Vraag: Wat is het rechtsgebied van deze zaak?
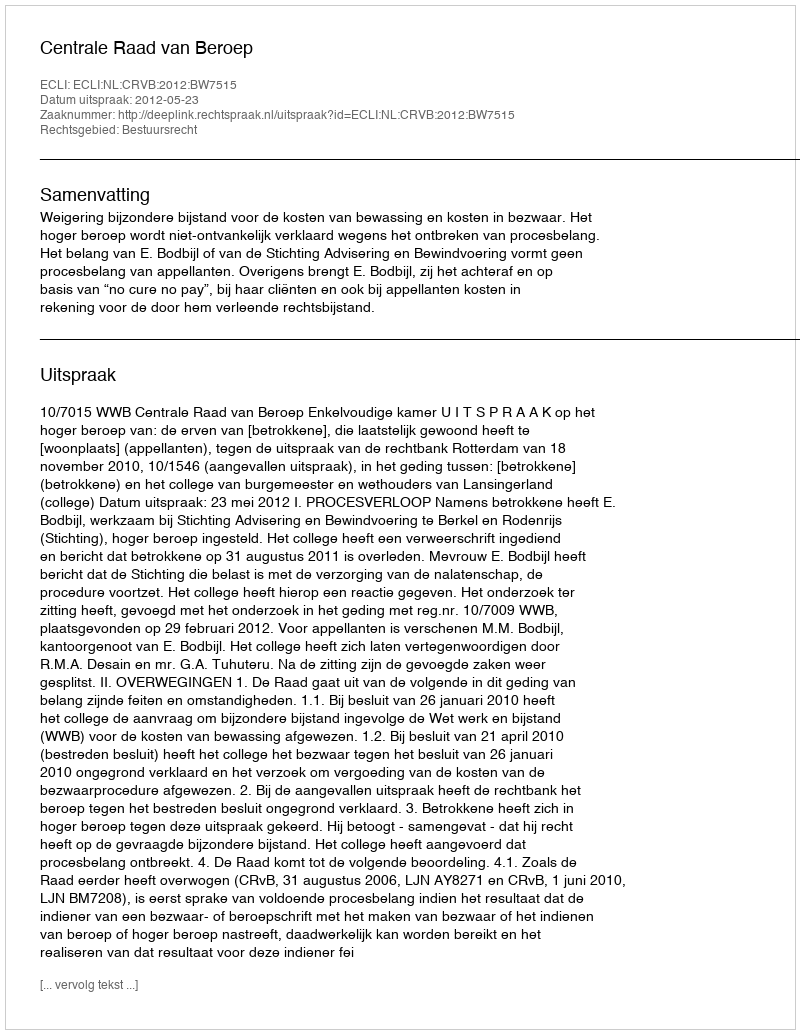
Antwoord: Bestuursrecht